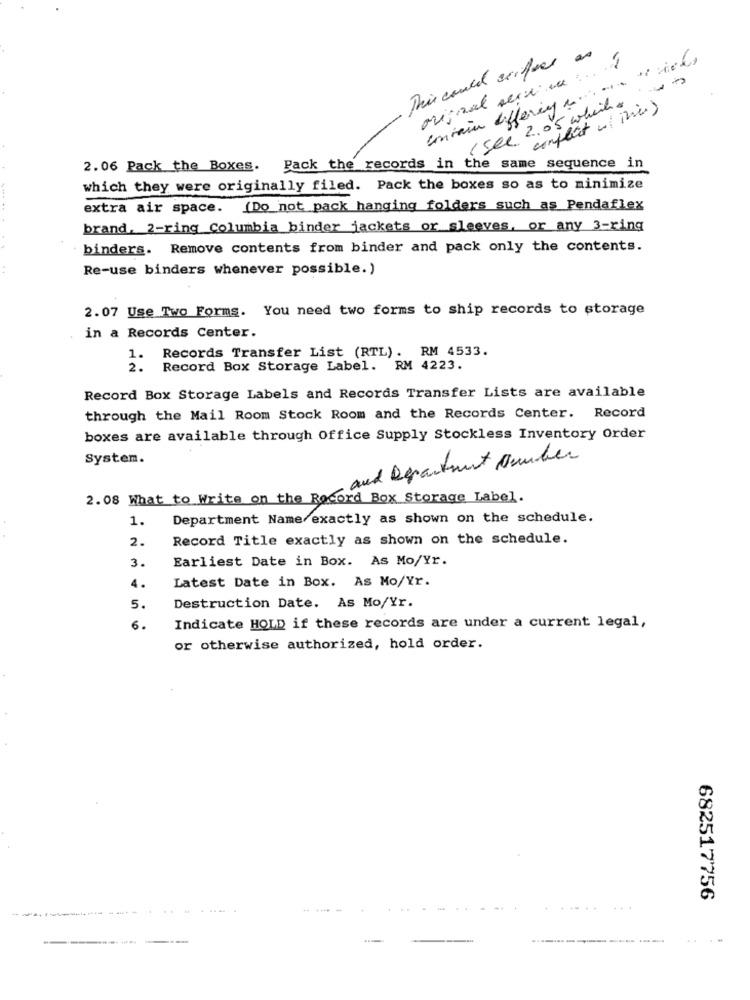
This could seifeer as
original service ... é
contain differing a ......
( see 2.05 which.
·conflict withi)
2.06 Pack the Boxes. Pack the records in the same sequence in
which they were originally filed. Pack the boxes so as to minimize
....
extra air space. (Do not pack hanging folders such as Pendaflex
brand. 2-ring Columbia binder jackets or sleeves, or any 3-ring
binders. Remove contents from binder and pack only the contents.
..
Re-use binders whenever possible.)
2.07 Use Two Forms. You need two forms to ship records to storage
in a Records Center.
1. Records Transfer List (RTL). RM 4533.
2. Record Box Storage Label. RM 4223.
Record Box Storage Labels and Records Transfer Lists are available
through the Mail Room Stock Room and the Records Center. Record
boxes are available through Office Supply Stockless Inventory Order
System.
and Department amber
2.08 What to Write on the Record Box Storage Label.
1.
Department Name exactly as shown on the schedule.
2.
Record Title exactly as shown on the schedule.
3.
Earliest Date in Box. As Mo/Yr.
4.
Latest Date in Box. As Mo/Yr.
5.
Destruction Date. As Mo/Yr.
6.
Indicate HOLD if these records are under a current legal,
or otherwise authorized, hold order.
682517756
..
.. .